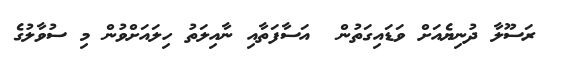
ރަސޫލާ ދުނިޔެއަށް ވަޑައިގަތުން  އަސާފަތާއި ނާއިލަތު ހިލައަށްވުން މި ސުވާލުގެ